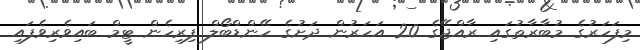
މިފަހަރުގެ މުބާރާތުގައި ރާއްޖޭގެ 20 އަހަރުން ދަށުގެ ހޭންޑްބޯލް ފިރިހެން ޓީމް ބައިވެރިވެފައި